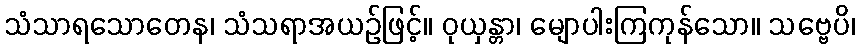
သံသာရသောတေန၊ သံသရာအယဉ်ဖြင့်။ ဝုယှန္တာ၊ မျောပါးကြကုန်သော။ သဗ္ဗေပိ၊